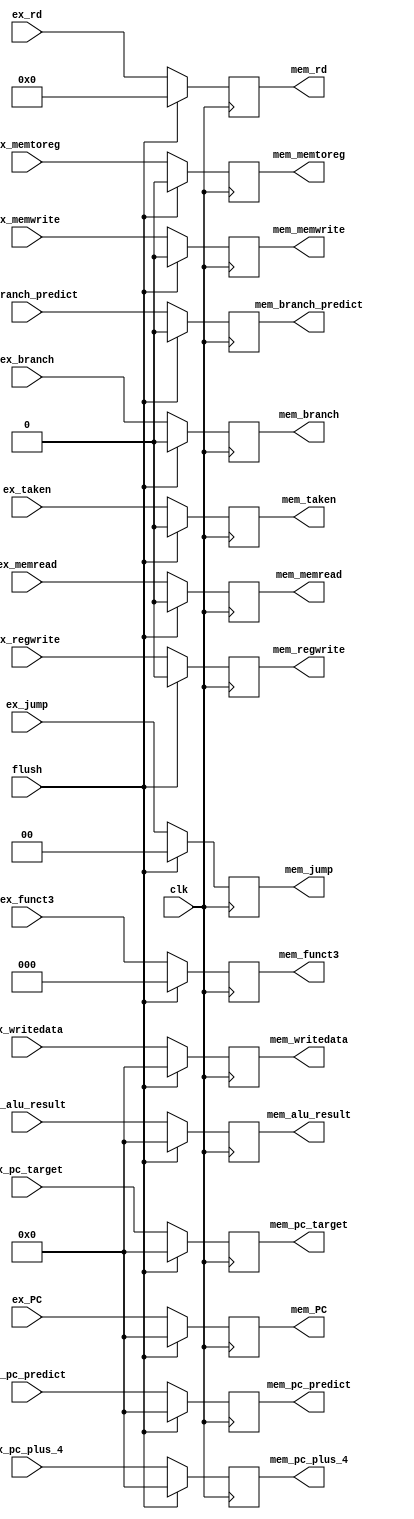
//exmem_reg.v


module exmem_reg #(
  parameter DATA_WIDTH = 32
)(
  // TODO: Add flush or stall signal if it is needed

  //////////////////////////////////////
  // Inputs
  //////////////////////////////////////
  input clk,
  input flush,
  
  input [DATA_WIDTH-1:0] ex_PC,
  input [DATA_WIDTH-1:0] ex_pc_plus_4,
  input [DATA_WIDTH-1:0] ex_pc_target,
  input ex_branch,
  input ex_taken,
  // mem control
  input ex_memread,
  input ex_memwrite,
  // wb control
  input [1:0] ex_jump,
  input ex_memtoreg,
  input ex_regwrite,
  input [DATA_WIDTH-1:0] ex_alu_result,
  input [DATA_WIDTH-1:0] ex_writedata,
  input [2:0] ex_funct3,
  input [4:0] ex_rd,
  input [DATA_WIDTH-1:0] ex_pc_predict,
  input ex_branch_predict,
  
  //////////////////////////////////////
  // Outputs
  //////////////////////////////////////
  output reg [DATA_WIDTH-1:0] mem_PC,
  output reg [DATA_WIDTH-1:0] mem_pc_plus_4,
  output reg [DATA_WIDTH-1:0] mem_pc_target,
  output reg mem_branch,
  output reg mem_taken,

  // mem control
  output reg mem_memread,
  output reg mem_memwrite,

  // wb control
  output reg [1:0] mem_jump,
  output reg mem_memtoreg,
  output reg mem_regwrite,
  
  output reg [DATA_WIDTH-1:0] mem_alu_result,
  output reg [DATA_WIDTH-1:0] mem_writedata,
  output reg [2:0] mem_funct3,
  output reg [4:0] mem_rd,
  output reg [DATA_WIDTH-1:0] mem_pc_predict,
  output reg mem_branch_predict
);

always @(posedge clk) begin
  if (flush == 1'b1) begin
    mem_PC <= 32'h00000000;
    mem_pc_plus_4 <= 32'h00000000;
    mem_pc_target <= 32'h00000000;
    mem_branch <= 1'b0;
    mem_taken <= 1'b0;

    // mem control
    mem_memread <= 1'b0;
    mem_memwrite <= 1'b0;

    // wb control
    mem_jump <= 2'b00;
    mem_memtoreg <= 1'b0;
    mem_regwrite <= 1'b0;

    mem_alu_result <= 32'h00000000;
    mem_writedata <= 32'h00000000;
    mem_funct3 <= 3'b000;
    mem_rd <= 5'b00000;
    mem_pc_predict <= 0;
    mem_branch_predict <= 0;
  end
  else begin
    mem_PC <= ex_PC;
    mem_pc_plus_4 <= ex_pc_plus_4;
    mem_pc_target <= ex_pc_target;
    mem_branch <= ex_branch;
    mem_taken <= ex_taken;

    // mem control
    mem_memread <= ex_memread;
    mem_memwrite <= ex_memwrite;

    // wb control
    mem_jump <= ex_jump;
    mem_memtoreg <= ex_memtoreg;
    mem_regwrite <= ex_regwrite;

    mem_alu_result <= ex_alu_result;
    mem_writedata <= ex_writedata;
    mem_funct3 <= ex_funct3;
    mem_rd <= ex_rd;
    mem_pc_predict <= ex_pc_predict;
    mem_branch_predict <= ex_branch_predict;
  end
end

endmodule